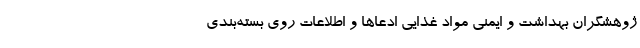
ژوهشگران بهداشت و ایمنی مواد غذایی ادعاها و اطلاعات روی بسته‌بندی